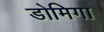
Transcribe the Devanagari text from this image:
डोमिगा